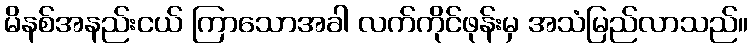
မိနစ်အနည်းငယ် ကြာသောအခါ လက်ကိုင်ဖုန်းမှ အသံမြည်လာသည်။